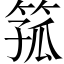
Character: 箛